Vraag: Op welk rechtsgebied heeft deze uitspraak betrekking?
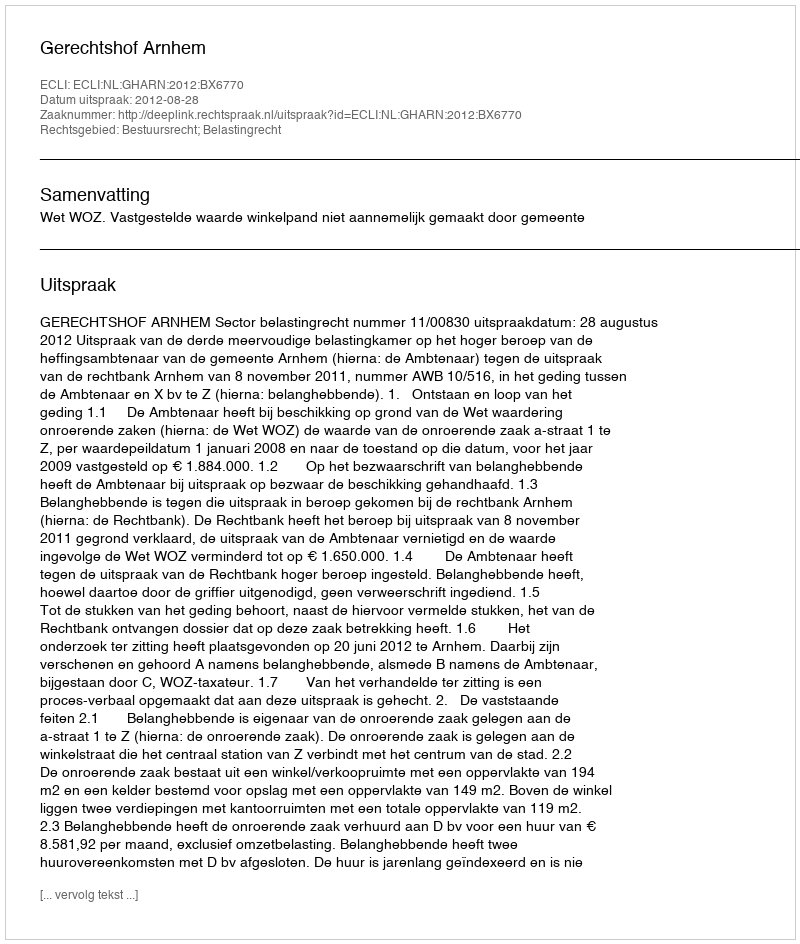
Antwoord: Bestuursrecht; Belastingrecht